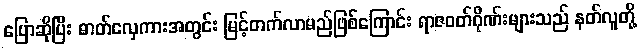
ပြောဆိုပြီး ဓာတ်လှေကားအတွင်း မြင့်တက်လာမည်ဖြစ်ကြောင်း ရာဇဝတ်ဂိုဏ်းများသည် နတ်လူတို့